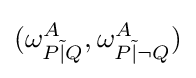
(\omega _{P{\tilde {|}}Q}^{A},\omega _{P{\tilde {|}}\lnot Q}^{A})